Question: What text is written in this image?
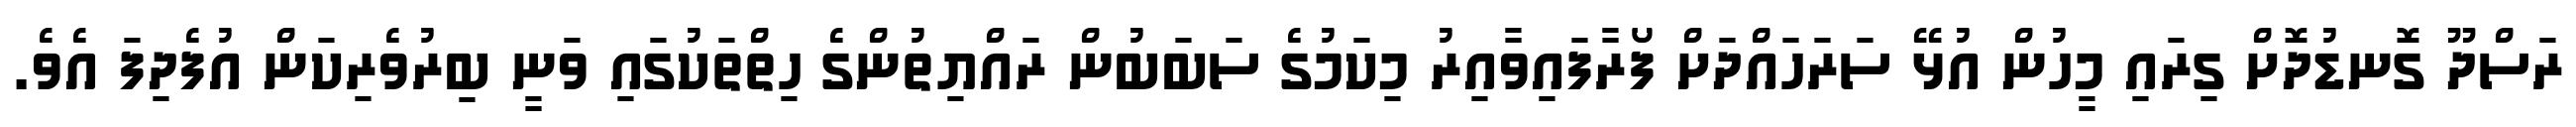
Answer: ރަސްދޫ ގޮނޑުދޮށް ގިރައި މީހުން އުޅޭ ސަރަހައްދަށް ފޯރާފައިވާއިރު މިކަމުގެ ސަބަބުން ރައްޔިތުންގެ ހިތްތަކުގައި ވަނީ ބިރުވެރިކަން އުފެދިފަ އެވެ.